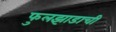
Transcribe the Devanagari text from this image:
फुलझाडाची